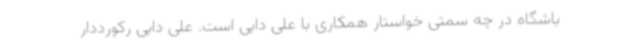
باشگاه در چه سمتی خواستار همکاری با علی دایی است. علی دایی رکورددار